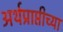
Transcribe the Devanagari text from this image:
अर्थप्राप्तीच्या